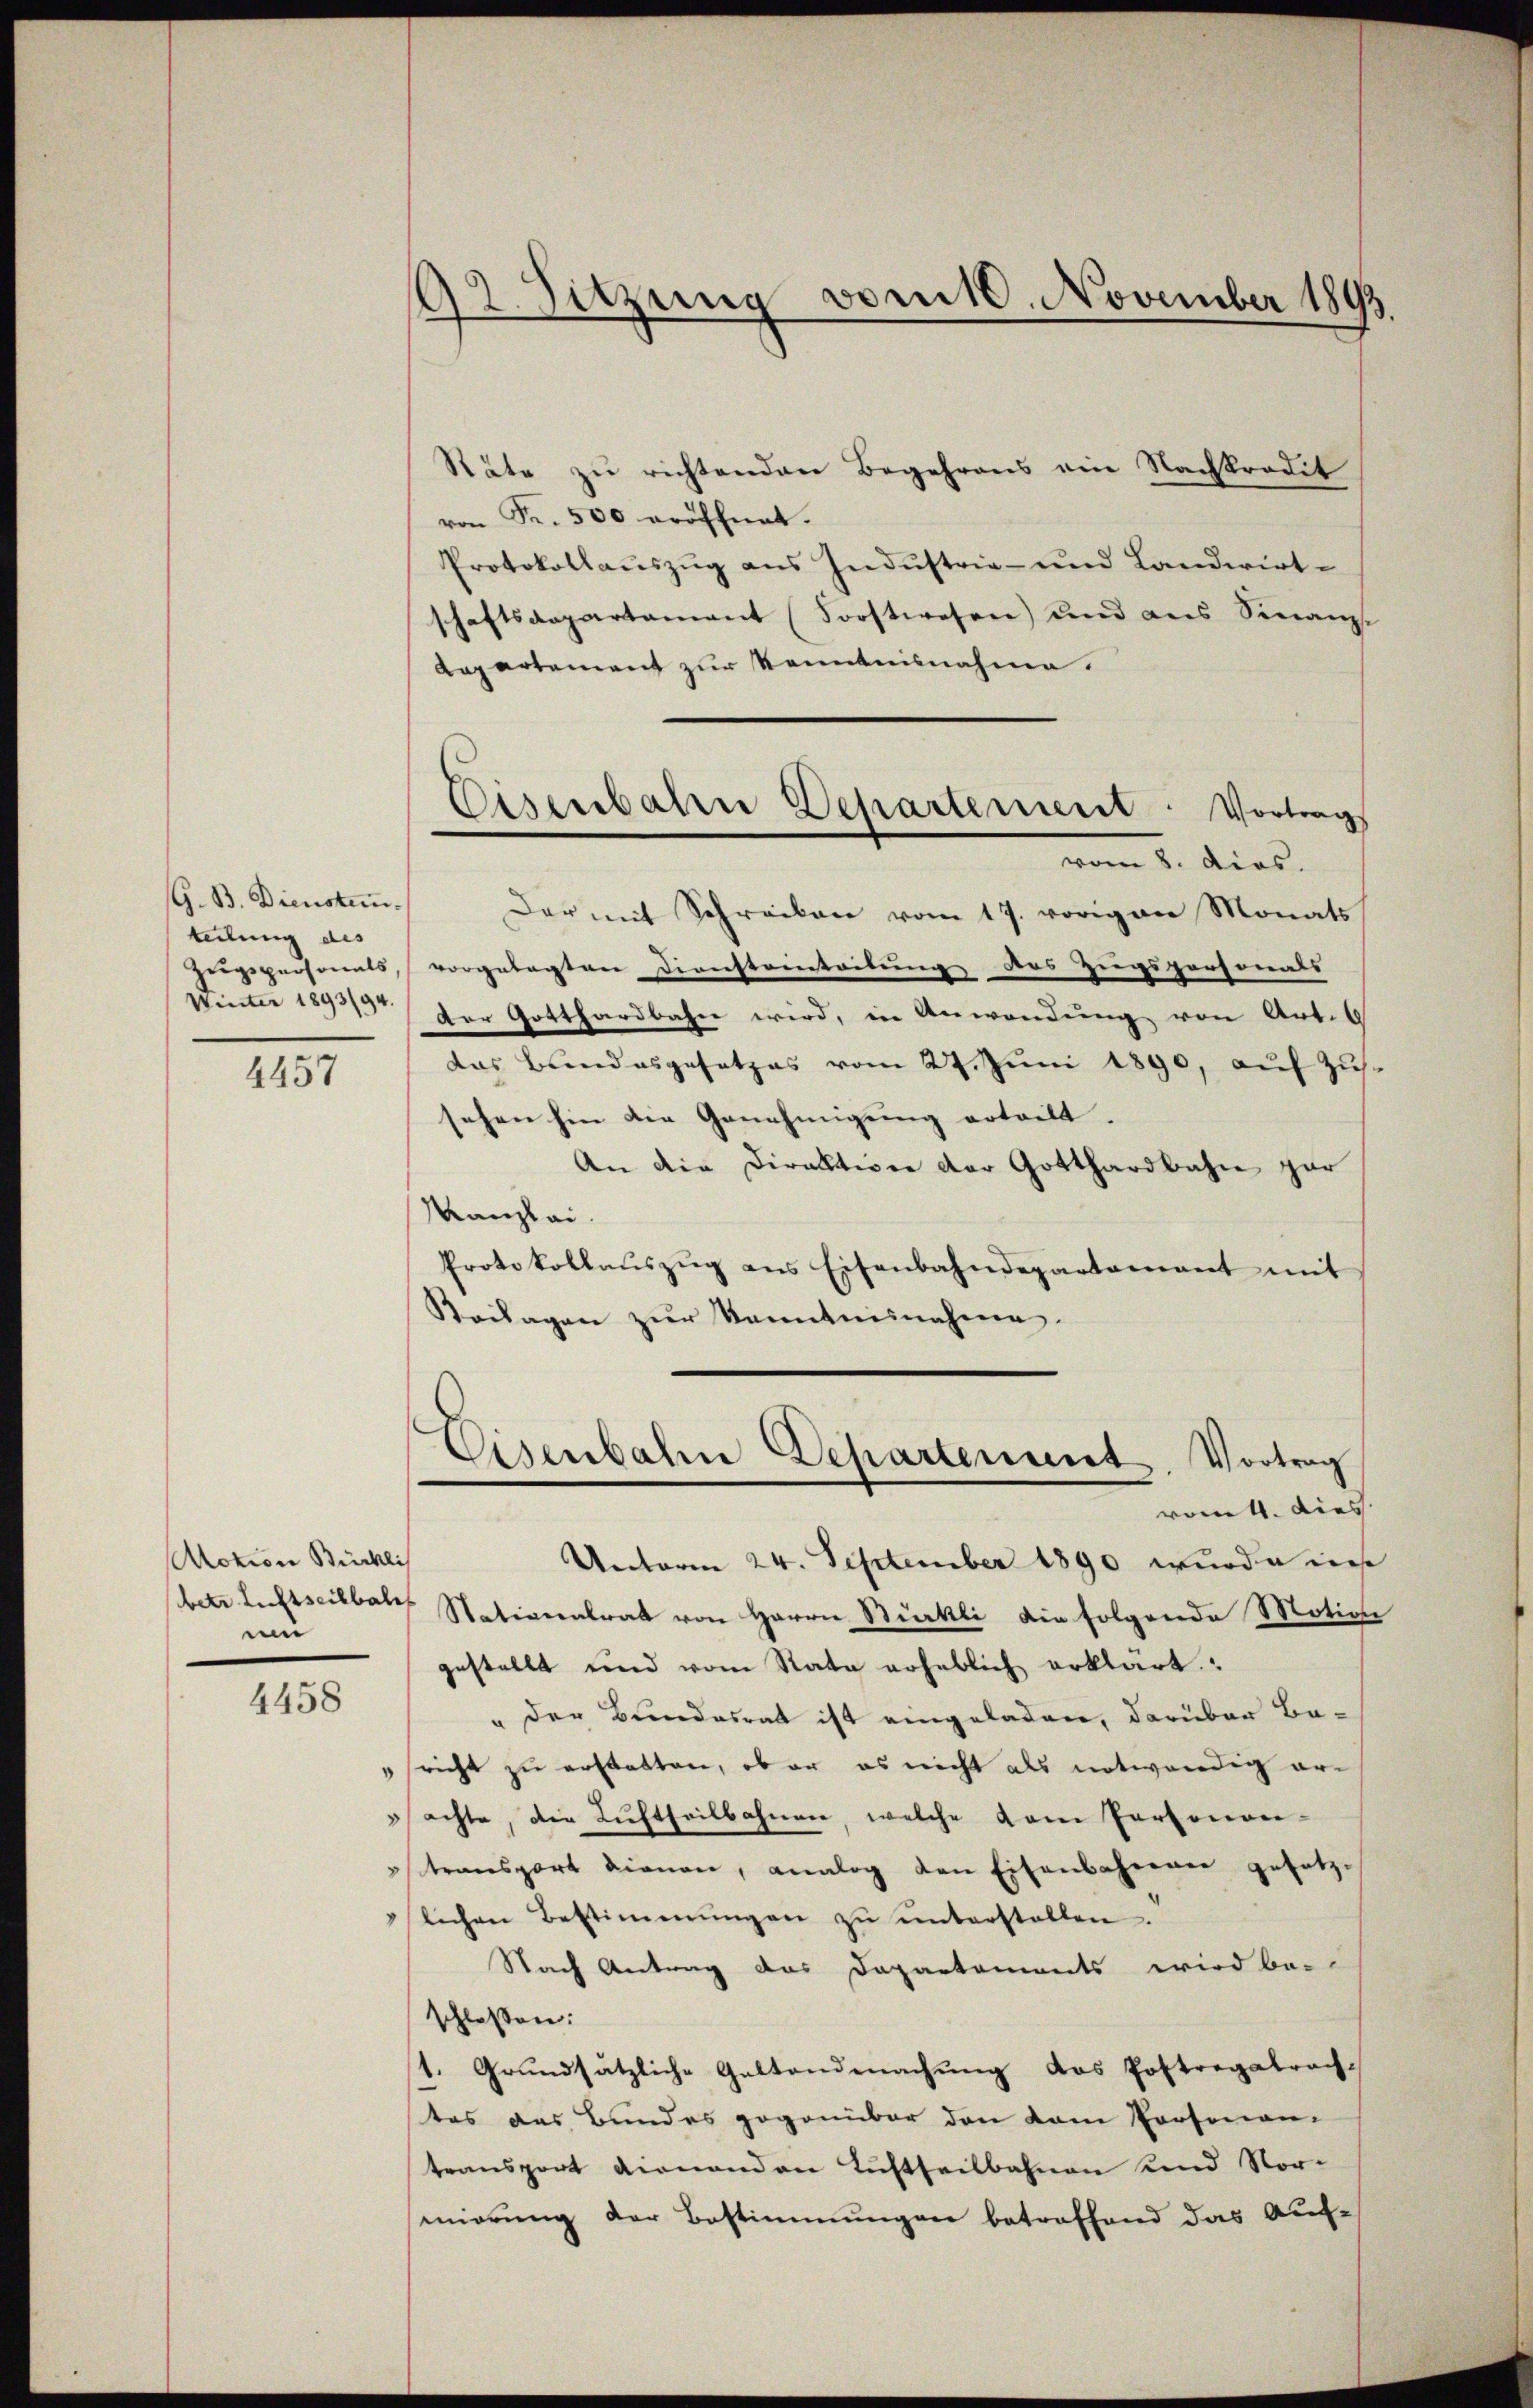
G. B. Dienstun
teilung des
Zuugspersonals
Winter 1893/94.

4457

Motion Bürkli
betr. Lustseitbah
ne

4458

92. Sitzung vom 10. November 1893.

Eisenbahre Departement: Vortrag
vom 8. dies.

Stäte zu richtenden Begehrens ein Nachprodit
von Fr. 500 eröffnet.
Protokollauszug aus Industrie- und Landwirt-
schaftsaepartamant (Forstwesen) und aus Sinanz-
Repartement zur Kenntnisnahme.
Der mit Schreiben vom 17. vorigen Monats
vorgelegten Diensteinteilung des Ziegspersonals
der Gotthardbahn wird, in Anwendung von Art. 6
das Bundesgesetzes vom 27. Jŭni 1890, aŭf Zŭs.
sehen hin die Genehmigung ertrett.
An die Direktion der Gotthardbahn zur
Kanzlei
Protokollaŭszŭg ans Eisenbahndepartament mit
Beilagen zur Kenntnisnahmen.
Eisenbahn Departement. Vortrag
rot. Dies
Unterm 24. September 1890 wurde ist
Stationalrat von Herrn Stöckli die folgende Motion
gestellt und vom Rata erheblich erklärt.
" der Bundesrat ist eingeladen, darüber Be-
sricht zu erstatten, ob er es nicht als notwendig erachte, die Luftheilbahnen, welche vom Personen-
transport dienen, analog den Eisenbahreren gesetz-
lichen Bestimmungen zŭ ŭnterstellen.
Nach Antrag das Dapartements wird be-
schlossen:
1. Grundsätzliche Geltendmachung das Postregatrach-
tes des Bundes gegenüber den kam Porfonen-
teansport dienenden Luftheilbahnen und Vormnierung der Bestimmungen betreffend das Auf-